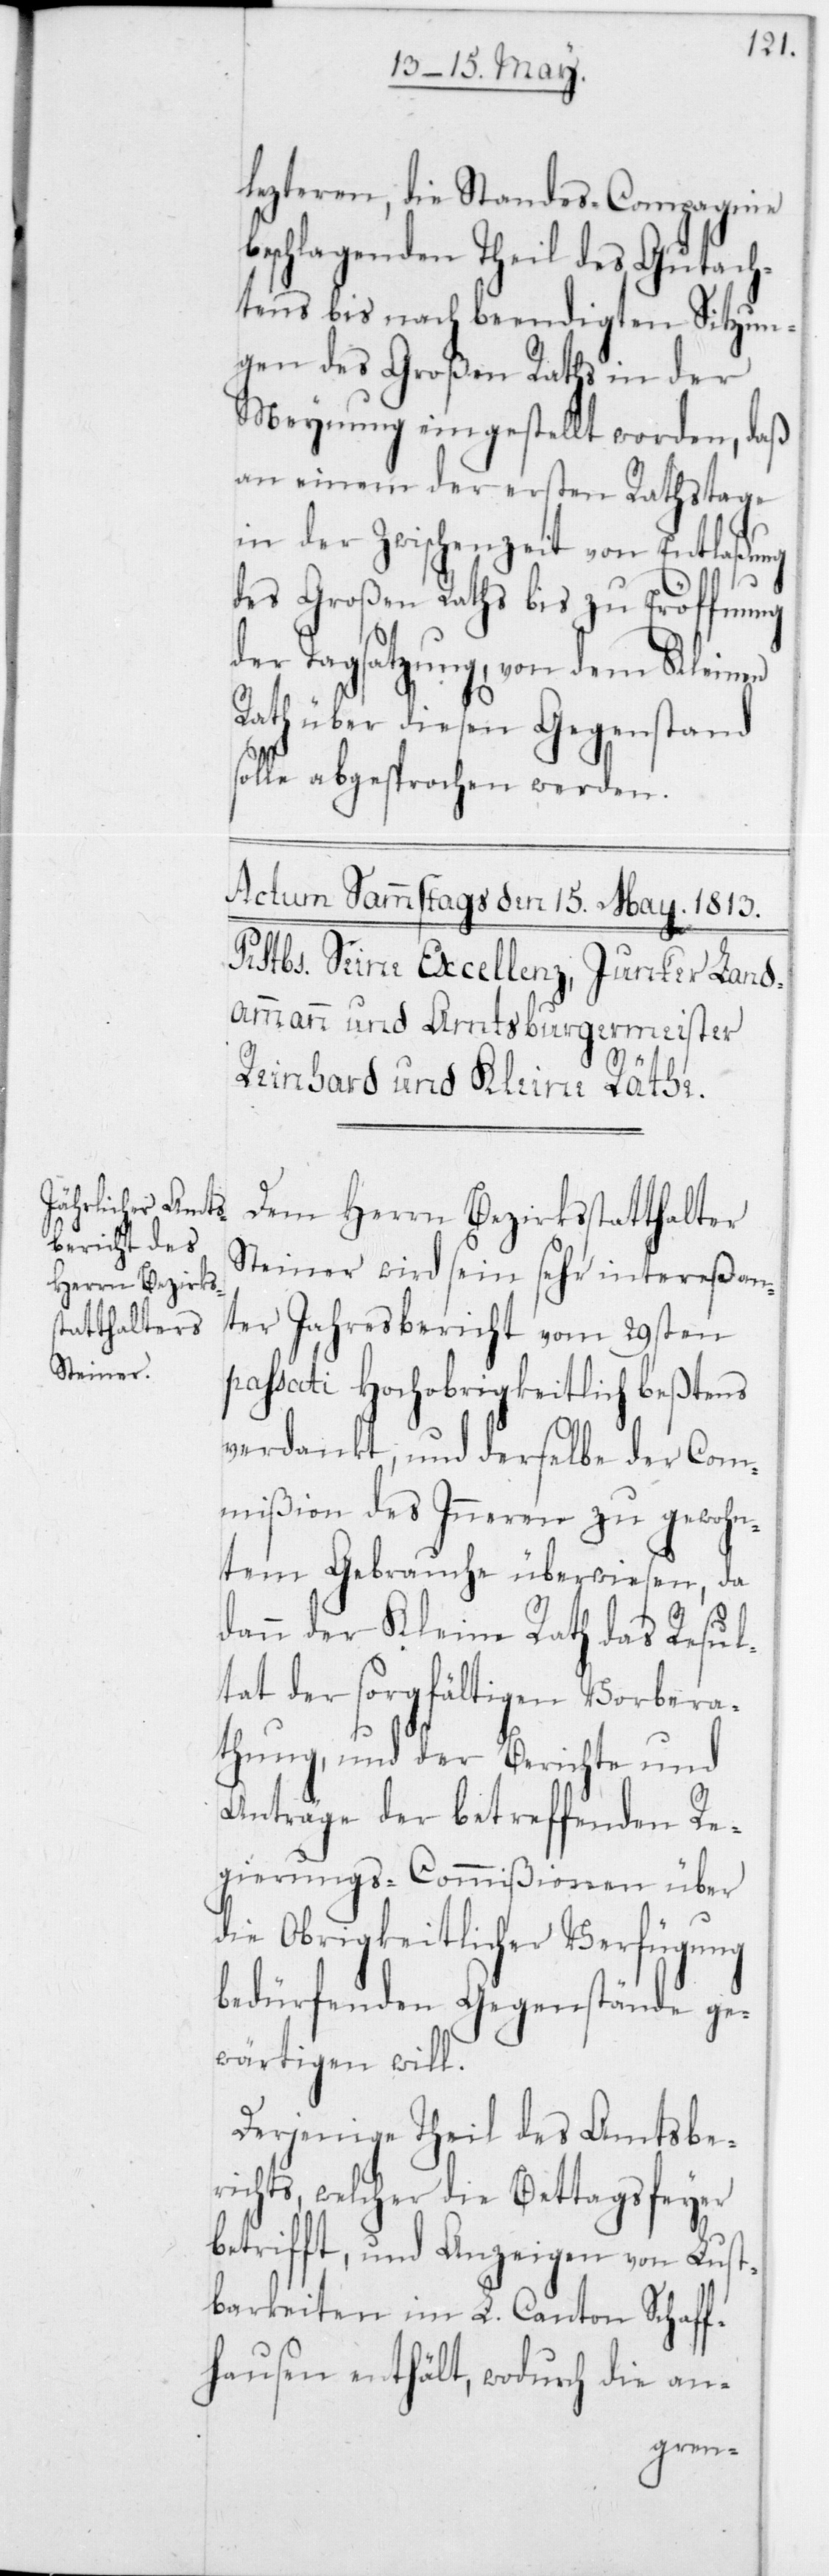
lezteren, die Standes-Compagnie
beschlagenden Theil des Gutach¬
tens bis nach beendigten Sitzun¬
gen des Großen Raths in der
Meynung eingestellt worden, daß
an einem der ersten Rathstage
in der Zwischenzeit von Entlaßung
des Großen Raths bis zu Eröffnung
der Tagsatzung, von dem Kleinen
Rath über diesen Gegenstand
solle abgesprochen werden.
Dem Herrn Bezirksstatthalter
Steiner wird sein sehr intereßan¬
ter Jahresbericht vom 29sten
passati Hochobrigkeitlich beßtens
verdankt, und derselbe der Com¬
mißion des Inneren zu gewohn¬
tem Gebrauche überwiesen, da
dann der Kleine Rath das Resul¬
tat der sorgfältigen Vorbera¬
thung, und der Berichte und
Anträge der betreffenden Re¬
gieruns-Commißionen über
die Obrigkeitlicher Verfügung
bedürfenden Gegenstände ge¬
wärtigen will.
Derjenige Theil des Amtsbe¬
richts, welcher die Bettagsfeyer
betrifft, und Anzeigen von Lust¬
barkeiten im L. Canton Schaff¬
hausen enthält, wodurch die an-